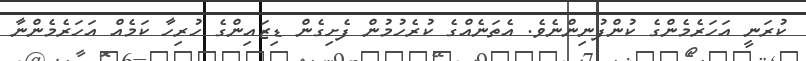
ކުރަނީ އަހަރެމެންގެ ކުންފުނިންނެވެ. އެތަނެއްގެ ކުރެހުމުން ފެށިގެން ޑިޒައިންގެ ހުރިހާ ކަމެއް އަހަރެމެންނާ